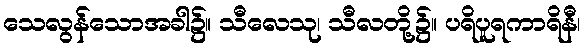
သေလွန်သောအခါ၌။ သီလေသု၊ သီလတို့၌။ ပရိပူရကာရိနီ၊